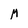
Character: M